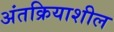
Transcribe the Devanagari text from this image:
अंतक्रियाशील